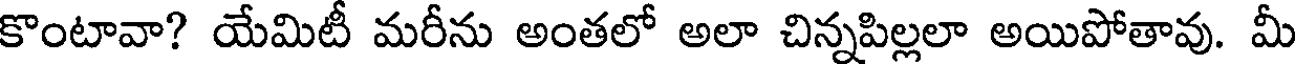
కొంటావా? యేమిటీ మరీను అంతలో అలా చిన్నపిల్లలా అయిపోతావు. మీ